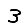
Digit: 3